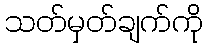
သတ်မှတ်ချက်ကို